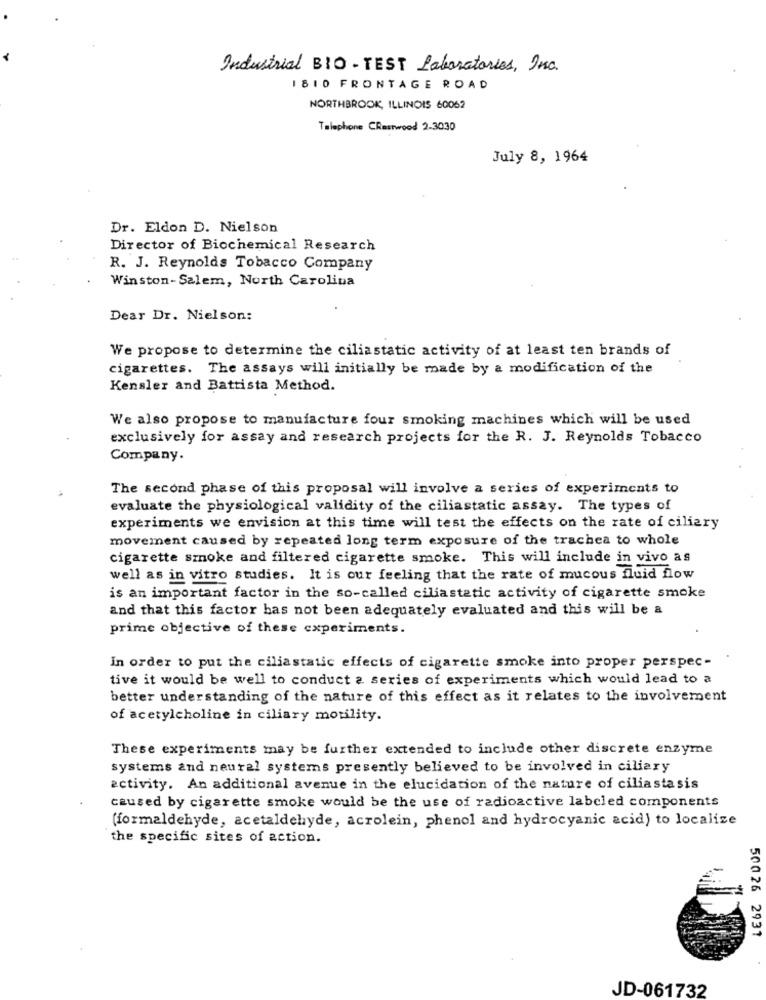
Industrial BIO-TEST Laboratories, Inc.
1810 FRONTAGE ROAD
NORTHBROOK, ILLINOIS 60062
Telephone CRastwood 2-3030
July 8, 1964
Dr. Eldon D. Nielson
Director of Biochemical Research
R. J. Reynolds Tobacco Company
Winston-Salem, North Carolina
Dear Dr. Nielson:
We propose to determine the ciliastatic activity of at least ten brands of
cigarettes. The assays will initially be made by a modification of the
Kensler and Battista Method.
We also propose to manufacture four smoking machines which will be used
exclusively for assay and research projects for the R. J. Reynolds Tobacco
Company.
The second phase of this proposal will involve a series of experiments to
evaluate the physiological validity of the ciliastatic assay. The types of
experiments we envision at this time will test the effects on the rate of ciliary
movement caused by repeated long term exposure of the trachea to whole
cigarette smoke and filtered cigarette smoke. This will include in vivo as
well as in vitro studies. It is our feeling that the rate of mucous fluid flow
is an important factor in the so-called ciliastatic activity of cigarette smoke
and that this factor has not been adequately evaluated and this will be a
prime objective of these experiments.
In order to put the ciliastatic effects of cigarette smoke into proper perspec-
tive it would be well to conduct a series of experiments which would lead to a
better understanding of the nature of this effect as it relates to the involvement
of acetylcholine in ciliary motility.
These experiments may be further extended to include other discrete enzyme
systems and neural systems presently believed to be involved in ciliary
activity. An additional avenue in the elucidation of the nature of ciliastasis
caused by cigarette smoke would be the use of radioactive labeled components
(formaldehyde, acetaldehyde, acrolein, phenol and hydrocyanic acid) to localize
the specific sites of action.
50026 2931
JD-061732